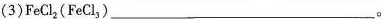
(3)FeCl_{2}(FeCl_{3})___。